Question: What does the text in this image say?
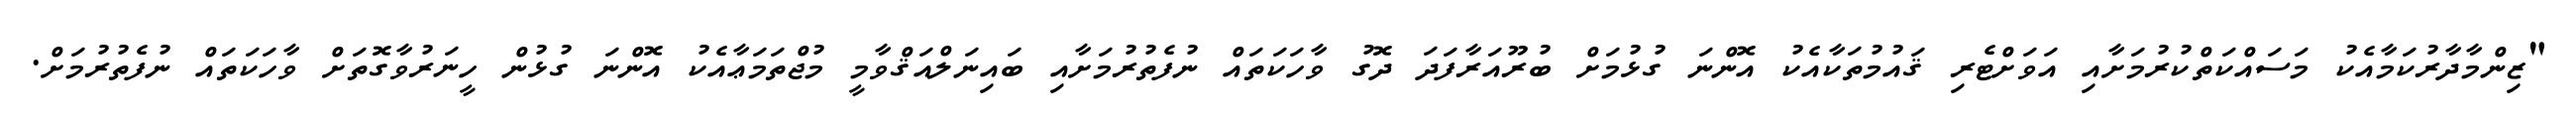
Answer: "ޒިންމާދާރުކަމާއެކު މަސައްކަތްކުރުމަށާއި އަވަށްޓެރި ޤައުމުތަކާއެކު އޮންނަ ގުޅުމަށް ބުރޫއަރާފަދަ ދޮގު ވާހަކަތައް ނުފެތުރުމަށާއި ބައިނަލްއަޤްވާމީ މުޖްތަމަޢާއެކު އޮންނަ ގުޅުން ހީނަރުވާގޮތަށް ވާހަކަތައް ނުފެތުރުމަށް.